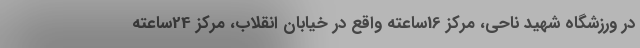
در ورزشگاه شهید ناحی، مرکز 16ساعته واقع در خیابان انقلاب، مرکز 24ساعته